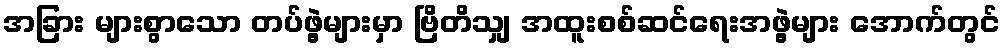
အခြား များစွာသော တပ်ဖွဲ့များမှာ ဗြိတိသျှ အထူးစစ်ဆင်ရေးအဖွဲ့များ အောက်တွင်